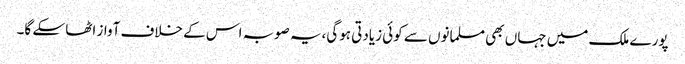
پورے ملک میں جہاں بھی مسلمانوں سے کوئی زیادتی ہوگی،یہ صوبہ اس کے خلاف آواز اٹھا سکے گا۔